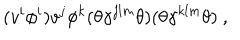
LaTeX: ( v ^ { i } \phi ^ { i } ) v ^ { j } \phi ^ { k } ( \theta \gamma ^ { j l m } \theta ) ( \theta \gamma ^ { k l m } \theta ) ~ ,